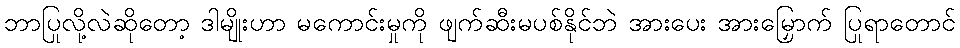
ဘာပြုလို့လဲဆိုတော့ ဒါမျိုးဟာ မကောင်းမှုကို ဖျက်ဆီးမပစ်နိုင်ဘဲ အားပေး အားမြှောက် ပြုရာတောင်